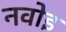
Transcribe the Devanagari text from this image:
नवोइ